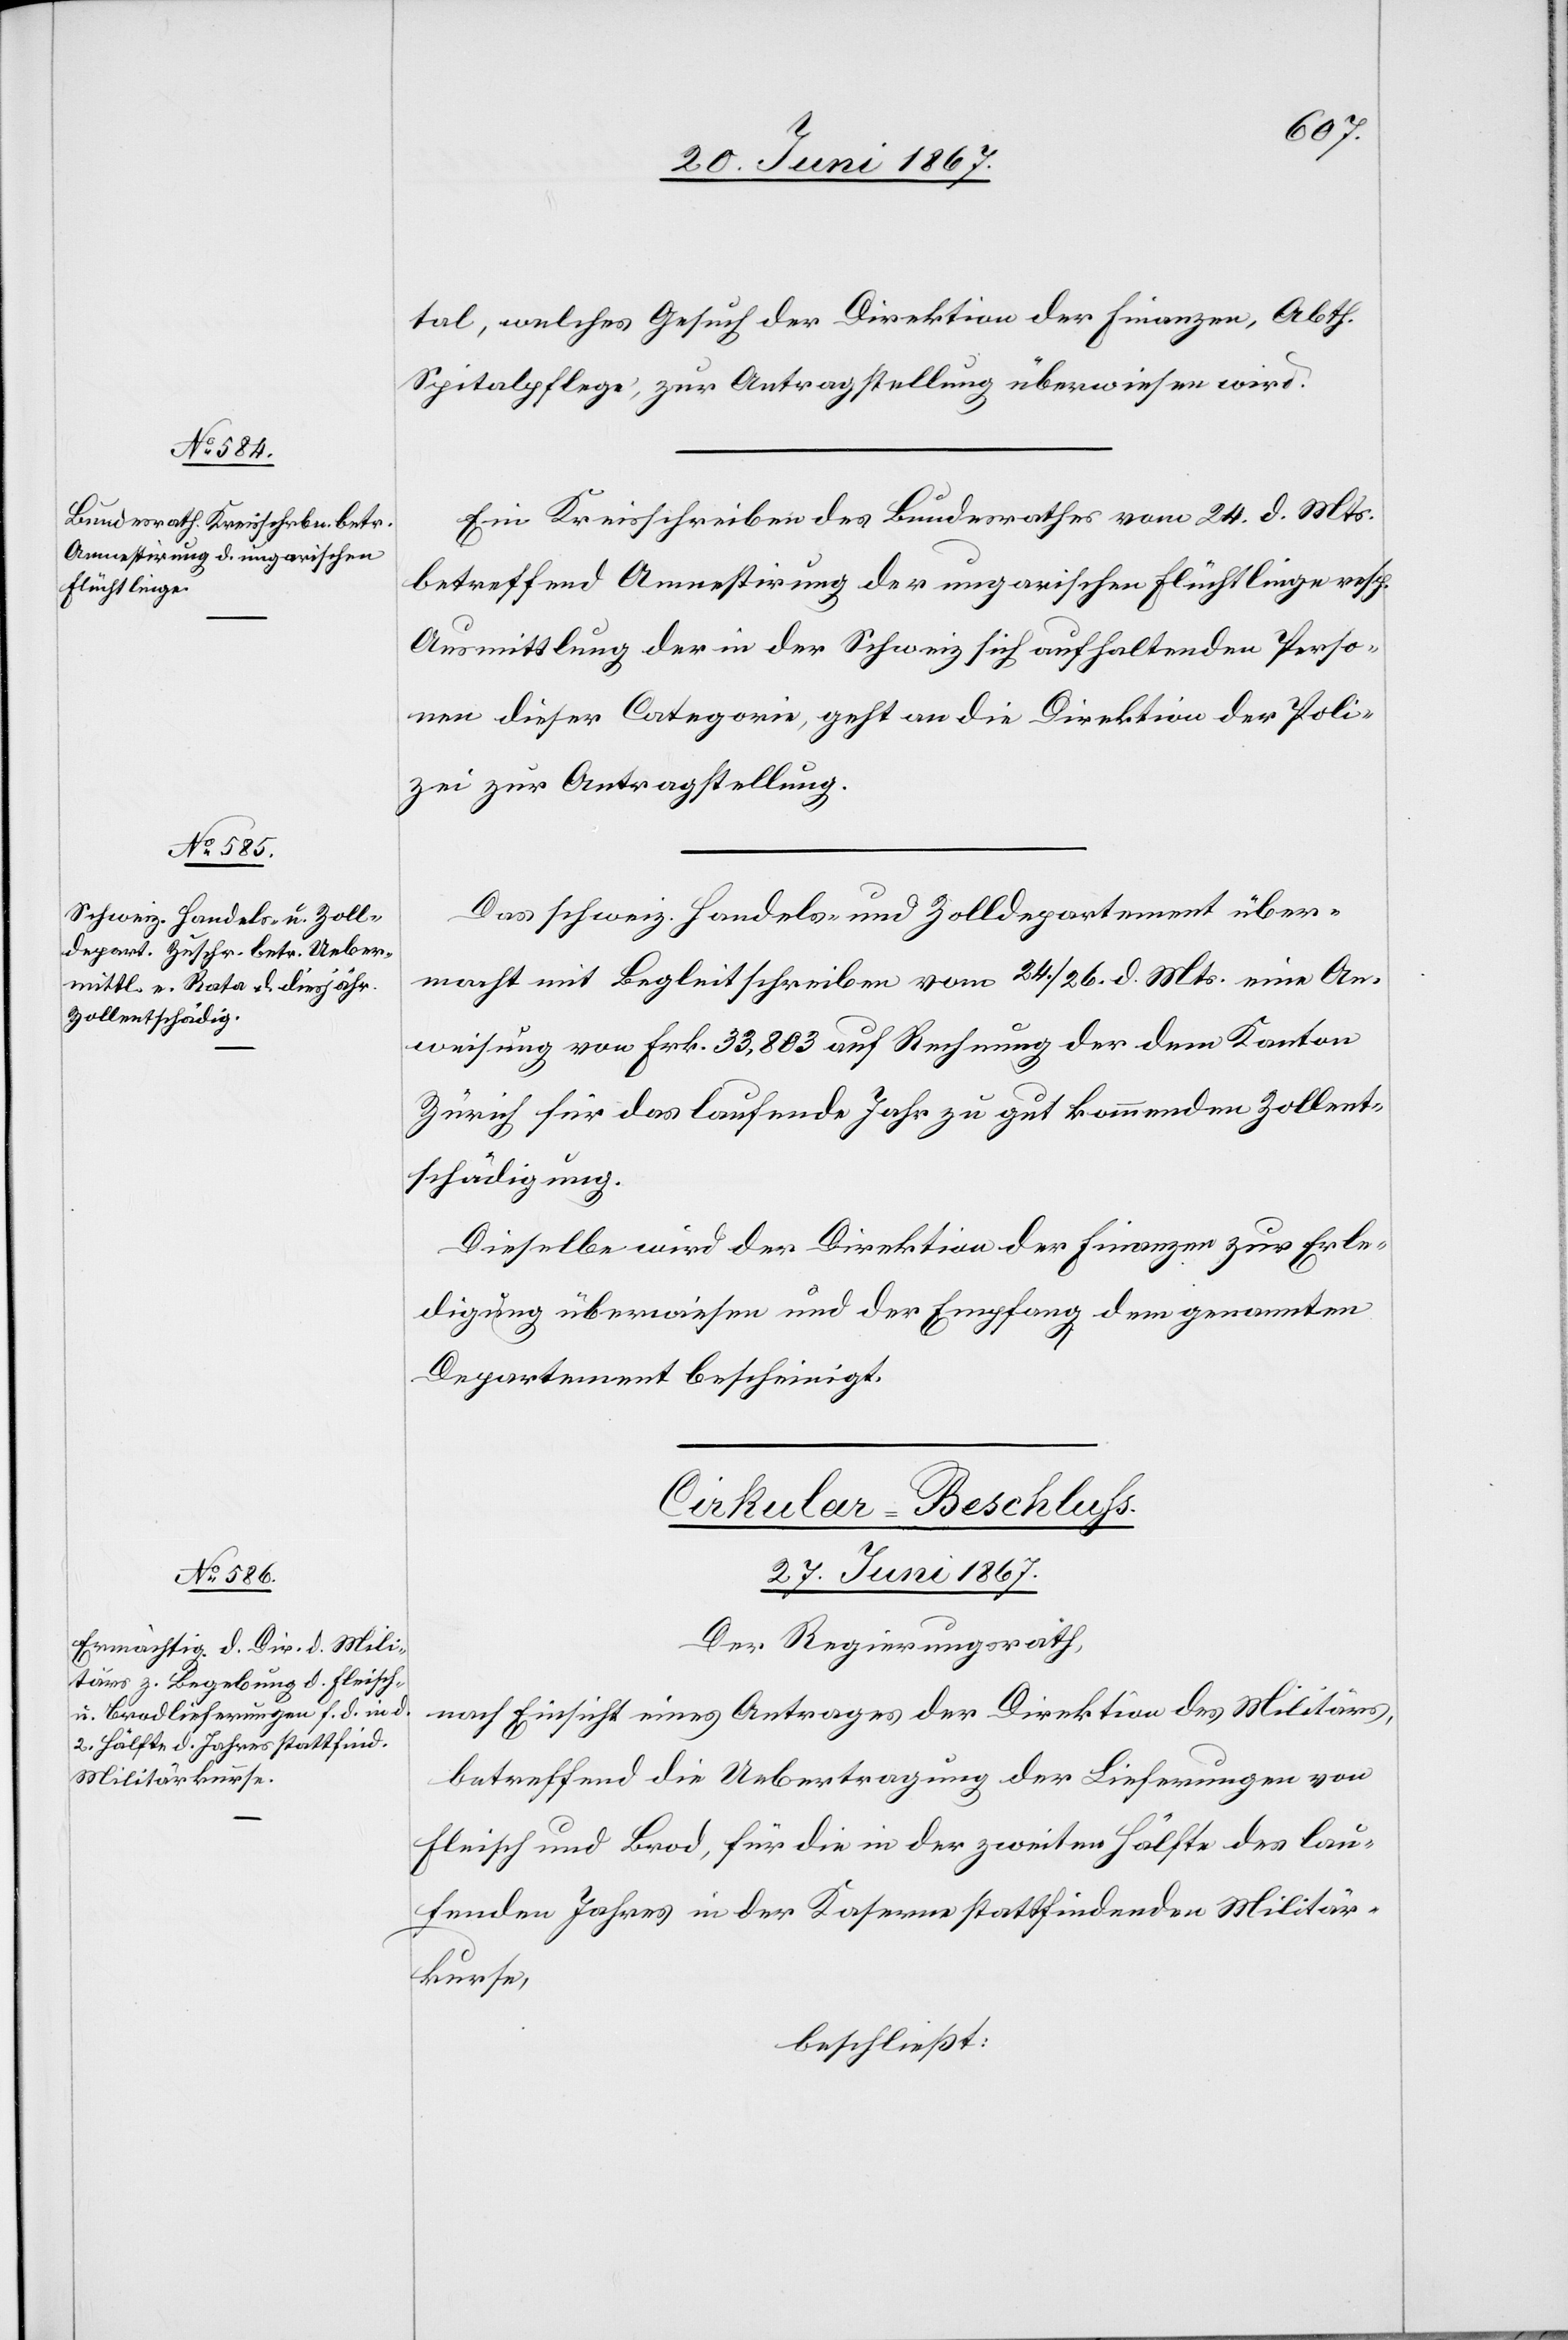
tal, welches Gesuch der Direktion der Finanzen, Abth.
Spitalpflege, zur Antragstellung überwiesen wird.
Ein Kreisschreiben des Bundesrathes vom 24. d. Mts.
betreffend Amnestirung der ungarischen Flüchtlinge resp.
Ausmittlung der in der Schweiz sich aufhaltenden Perso¬
nen dieser Categorie, geht an die Direktion der Poli¬
zei zur Antragstellung.
Das schweiz. Handels- und Zolldepartement über¬
macht mit Begleitschreiben vom 24./26. d. Mts. eine An¬
weisung von Frk. 33 803 auf Rechnung der dem Kanton
Zürich für das laufende Jahr zu gut kommenden Zollent¬
schädigung.
Dieselbe wird der Direktion der Finanzen zur Erle¬
digung überwiesen und der Empfang dem genannten
Departement bescheinigt.
Cirkular-Beschluß.
27. Juni 1867.
Der Regierungsrath,
nach Einsicht eines Antrages der Direktion des Militärs,
betreffend die Uebertragung der Lieferungen von
Fleisch und Brod, für die in der zweiten Hälfte des lau¬
fenden Jahres in der Kaserne stattfindenden Militär¬
kurse,
beschließt: